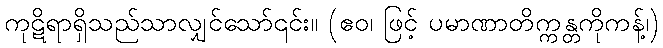
ကုဋိရာရှိသည်သာလျှင်သော်၎င်း။ (ဧဝ၊ ဖြင့် ပမာဏာတိက္ကန္တကိုကန့်၊)